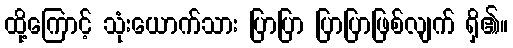
ထို့ကြောင့် သုံးယောက်သား ပြာပြာ ပြာပြာဖြစ်လျက် ရှိ၏။